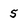
Character: 5